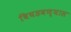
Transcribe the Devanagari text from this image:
बिघडवण्यास